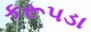
કરૂપડા